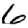
Digit: 6